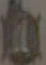
心